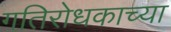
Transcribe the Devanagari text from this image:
गतिरोधकाच्या